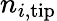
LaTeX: n_{i,\mathrm{tip}}